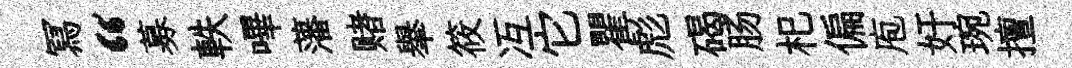
冩“募軼嗶藩赌𦦙筱冱它瞿彪碣肠𣏌偏庖奸琬擅